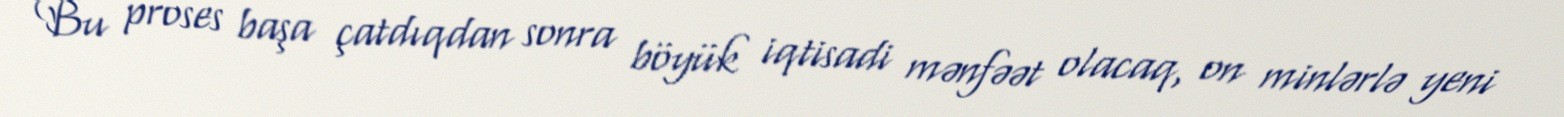
Bu proses başa çatdıqdan sonra böyük iqtisadi mənfəət olacaq, on minlərlə yeni